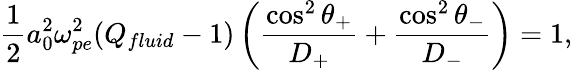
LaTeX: \frac{1}{2}a_{0}^{2}\omega_{pe}^{2}(Q_{fluid}-1)\left(\frac{\cos^{2}\theta_{+}}{D_{+}}+\frac{\cos^{2}\theta_{-}}{D_{-}}\right)=1,